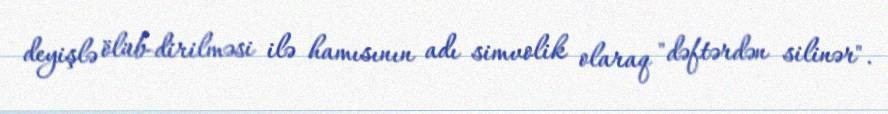
deyişlə ölüb-dirilməsi ilə hamısının adı simvolik olaraq "dəftərdən silinər".